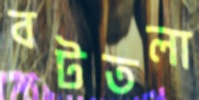
বটতলা